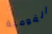
القومية